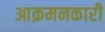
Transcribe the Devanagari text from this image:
आक्रमनकारी